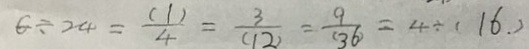
6 \div 2 4 = \frac { ( 1 ) } { 4 } = \frac { 3 } { ( 1 2 ) } = \frac { 9 } { ( 3 6 ) } = 4 \div ( 1 6 . )